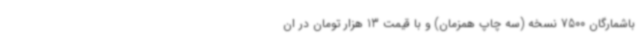
باشمارگان 7500 نسخه (سه چاپ همزمان) و با قیمت 13 هزار تومان در ان